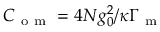
C _ { \mathrm { ~ o ~ m ~ } } = 4 N g _ { 0 } ^ { 2 } / \kappa \Gamma _ { \mathrm { ~ m ~ } }